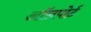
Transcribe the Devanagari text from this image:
ऑलपोर्ट